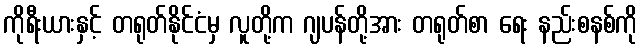
ကိုရီးယားနှင့် တရုတ်နိုင်ငံမှ လူတို့က ဂျပန်တို့အား တရုတ်စာ ရေး နည်းစနစ်ကို